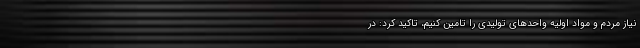
نیاز مردم و مواد اولیه واحدهای تولیدی را تامین کنیم، تاکید کرد: در